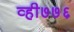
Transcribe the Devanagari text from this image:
व्ही७७६